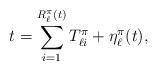
LaTeX: \begin{align*} t=\sum_{i=1}^{R_\ell^{\pi}(t)}T_{\ell i}^\pi+\eta_\ell^\pi(t),\end{align*}